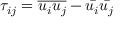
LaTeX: \tau _ { i j } = { \overline { { u _ { i } u _ { j } } } } - { \bar { u _ { i } } } { \bar { u _ { j } } }